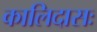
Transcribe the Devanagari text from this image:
कालिदासः